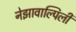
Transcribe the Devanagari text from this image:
नेझावाल्पिली